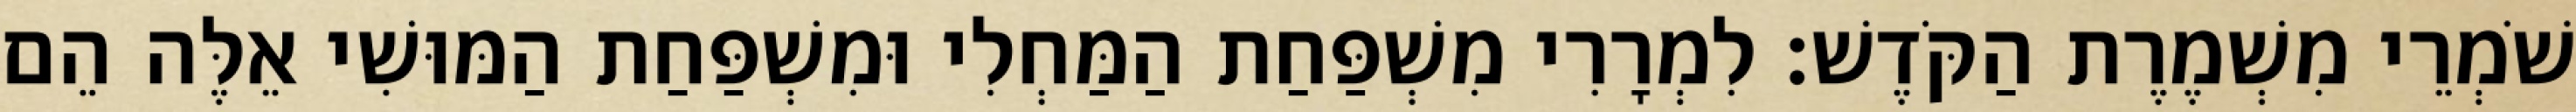
שֹׁמְרֵי מִשְׁמֶרֶת הַקֹּדֶשׁ׃ לִמְרָרִי מִשְׁפַּחַת הַמַּחְלִי וּמִשְׁפַּחַת הַמּוּשִׁי אֵלֶּה הֵם